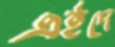
এইদে